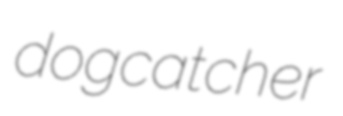
dogcatcher